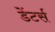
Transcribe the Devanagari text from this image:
डेंटर्स